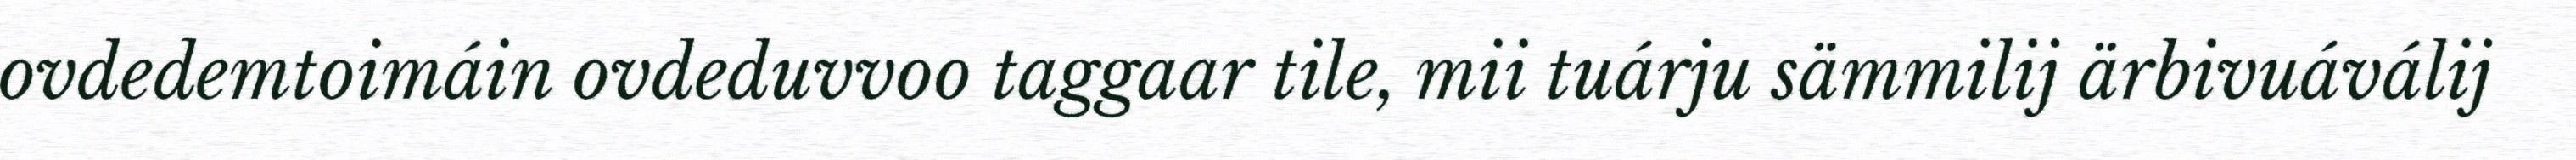
ovdedemtoimáin ovdeduvvoo taggaar tile, mii tuárju sämmilij ärbivuáválij